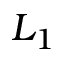
L _ { 1 }